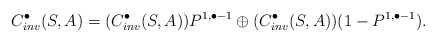
\begin{align*}C^\bullet_{inv}(S,A) & = (C^\bullet_{inv}(S,A))P^{1,\bullet-1} \oplus (C^\bullet_{inv}(S,A))(1-P^{1,\bullet-1}).\end{align*}